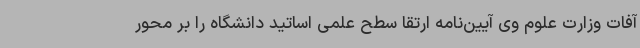
آفات وزارت علوم وی آیین‌نامه ارتقا سطح علمی اساتید دانشگاه را بر محور